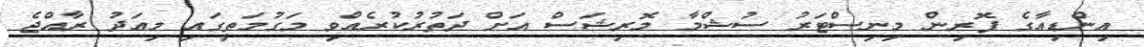
އިންޑިއާގެ ފޮރިން މިނިސްޓަރު ސުޝްމާ މޮރިޝަސް އަށް ދަތުރުކުރެއްވި މަގުމަތީގައި މިއަދު ރާއްޖެ